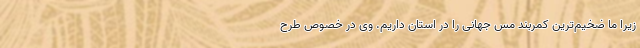
زیرا ما ضخیم‌ترین کمربند مس جهانی را در استان داریم. وی در خصوص طرح